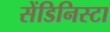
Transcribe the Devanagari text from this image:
सेंडिनिस्टा